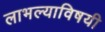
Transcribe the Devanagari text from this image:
लाभल्याविषयी